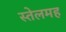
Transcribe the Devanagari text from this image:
स्तेलमह